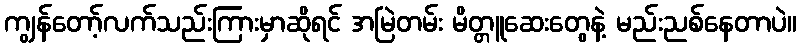
ကျွန်တော့်လက်သည်းကြားမှာဆိုရင် အမြဲတမ်း မိတ္တူဆေးတွေနဲ့ မည်းညစ်နေတာပဲ။